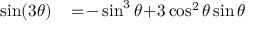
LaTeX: \begin{array} { r l } { \sin ( 3 \theta ) \! } & { { } = \! - \sin ^ { 3 } \theta \! + \! 3 \cos ^ { 2 } \theta \sin \theta } \end{array}